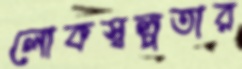
লোকস্বল্পতার